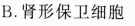
B.肾形保卫细胞